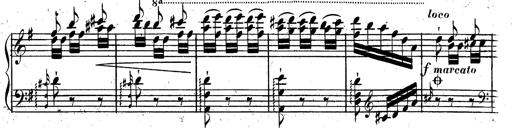
Title: Rondeau fantastique sur un thÃ¨me espagnol
Composer: Franz Liszt